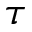
\tau